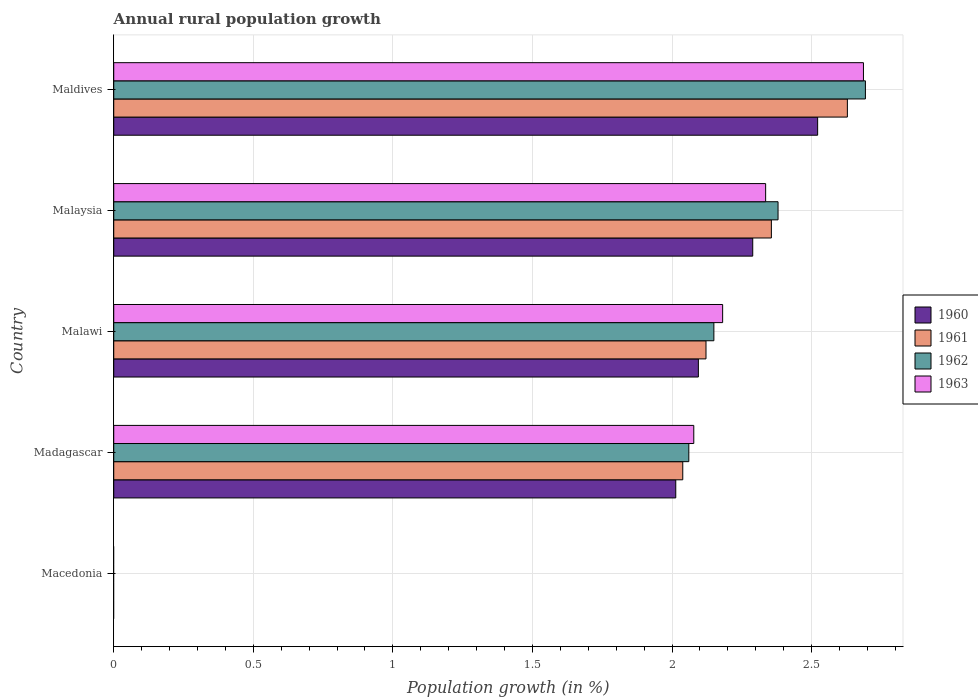
| Country | 1960 | 1961 | 1962 | 1963 |
 | --- | --- | --- | --- | --- |
 | Macedonia | -0.474 | -0.559 | -0.68 | -0.707 |
 | Madagascar | 2.01 | 2.04 | 2.06 | 2.08 |
 | Malawi | 2.09 | 2.12 | 2.15 | 2.18 |
 | Malaysia | 2.29 | 2.36 | 2.38 | 2.34 |
 | Maldives | 2.52 | 2.63 | 2.69 | 2.69 |